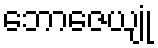
ဘောဇေယျုံ